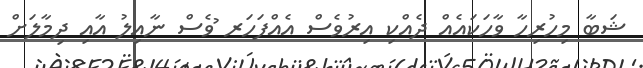
ޝަބާ މިހުރިހާ ވާހަކައެއް ދެއްކި އިރުވެސް އެއްފަހަރ ުވެސް ނާއިލު އާއި ދިމާލަށް